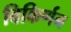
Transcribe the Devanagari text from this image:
विकिर्णन